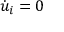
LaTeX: { \dot { u } } _ { i } = 0